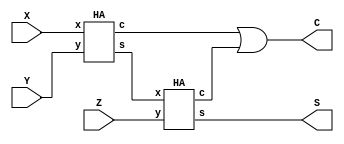
module Full_Add(X, Y, Z, C, S);
input X, Y, Z;
output C, S;
wire c1, c2, s1;
HA f1(X,Y,c1, s1);
HA f2(s1,Z,c2, S);
assign C=c1|c2;
endmodule 


module HA(x,y,c,s);
input x,y;
output c,s;
assign c=x&y;
assign s=x^y;

endmodule